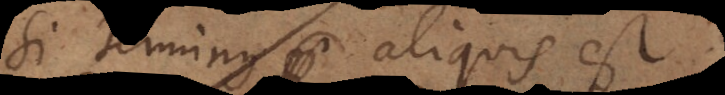
Si terminus aliquis est